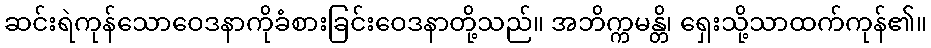
ဆင်းရဲကုန်သောဝေဒနာကိုခံစားခြင်းဝေဒနာတို့သည်။ အဘိက္ကမန္တိ၊ ရှေးသို့သာထက်ကုန်၏။